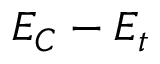
E _ { C } - E _ { t }